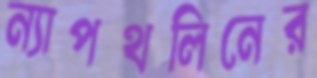
ন্যাপথলিনের